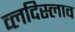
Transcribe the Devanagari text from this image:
व्लदिस्लाव